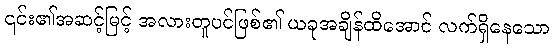
၎င်း၏အဆင့်မြင့် အလားတူပင်ဖြစ်၏ ယခုအချိန်ထိအောင် လက်ရှိနေသော